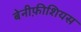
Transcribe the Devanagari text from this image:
बेनीफ़ीशियस